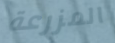
المزرعة